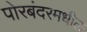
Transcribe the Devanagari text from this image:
पोरबंदरमधील